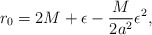
\begin{align*}r_0=2M+\epsilon-\frac{M}{2a^2}\epsilon^2,\end{align*}